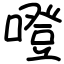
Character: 噔